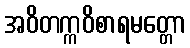
အဝိတက္ကဝိစာရမတ္တော